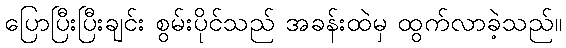
ပြောပြီးပြီးချင်း စွမ်းပိုင်သည် အခန်းထဲမှ ထွက်လာခဲ့သည်။